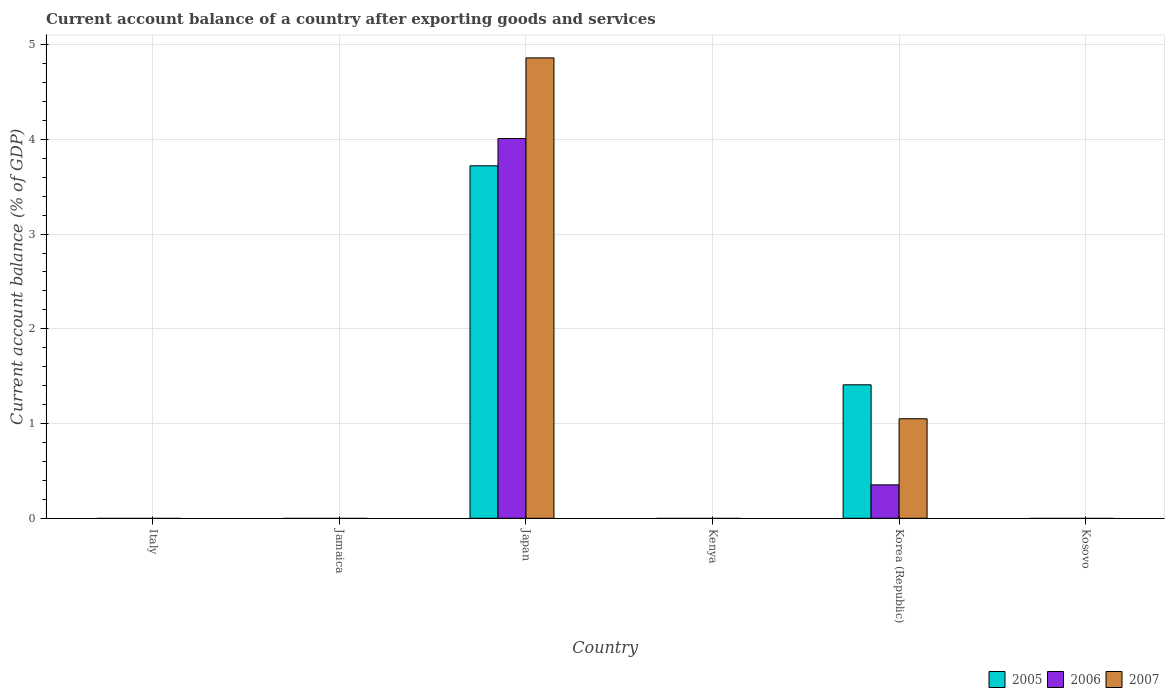
| Country | 2005 | 2006 | 2007 |
 | --- | --- | --- | --- |
 | Italy | -1.6 | -2.46 | -2.34 |
 | Jamaica | -9.56 | -9.94 | -15.9 |
 | Japan | 3.72 | 4.01 | 4.86 |
 | Kenya | -1.35 | -1.98 | -3.23 |
 | Korea (Republic) | 1.41 | 0.353 | 1.05 |
 | Kosovo | -8.24 | -6.95 | -10 |